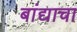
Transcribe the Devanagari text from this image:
बांद्याचा